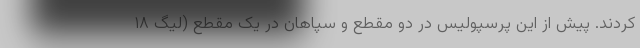
کردند. پیش از این پرسپولیس در دو مقطع و سپاهان در یک مقطع (لیگ ۱۸